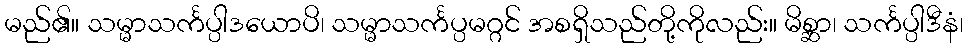
မည်၏။ သမ္မာသင်္ကပ္ပါဒယောပိ၊ သမ္မာသင်္ကပ္ပမဂ္ဂင် အစရှိသည်တို့ကိုလည်း။ မိစ္ဆာ၊ သင်္ကပ္ပါဒီနံ၊